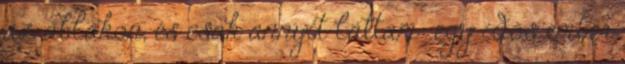
az ablakon, és csak annyit láttam: egy idős ember